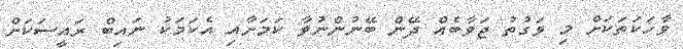
ވާހަކަތަކަށް މި ވަގުތު ޖަވާބެއް ދޭން ބޭނުންނުވާ ކަމަށާއި އެކަމަކު ނައިބް ރައީސަކަށް